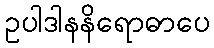
ဥပါဒါနနိရောဓာပေ